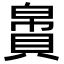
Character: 𬥝